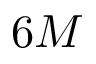
6 M